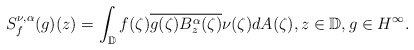
\begin{align*}S_{f}^{\nu,\alpha}(g)(z)=\int_{\mathbb{D}}f(\zeta)\overline{g(\zeta)}\overline{B_{z}^{\alpha}(\zeta)}\nu(\zeta)dA(\zeta),z\in\mathbb{D},g\in H^{\infty}.\end{align*}